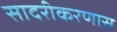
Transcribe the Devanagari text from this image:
सादरीकरणास